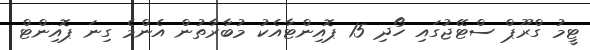
ޓީމު ގްރޫޕް ސްޓޭޖުގައި ހޯދި 15 ޕޮއިންޓާއެކު މުބާރާތުން އެންމެ ގިނަ ޕޮއިންޓް